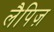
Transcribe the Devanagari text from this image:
लैपिज़